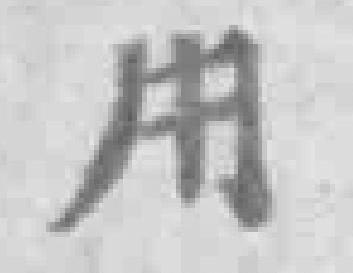
用